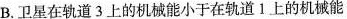
B.卫星在轨道3上的机械能小于在轨道1上的机械能